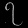
Digit: ၇